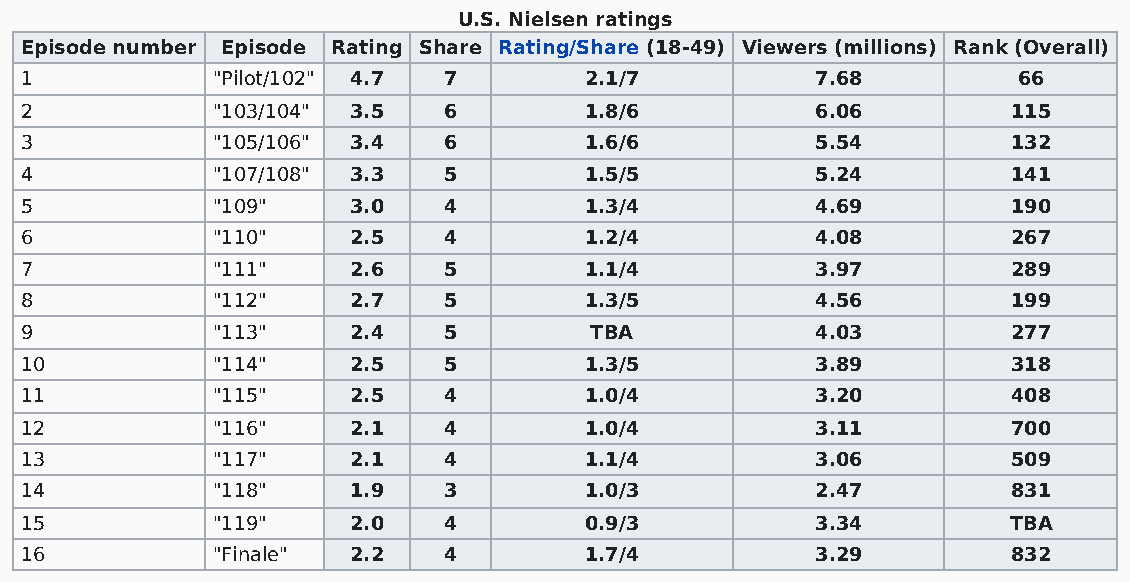
U.S. Nielsen ratings
 Episode number Episode Rating Share Rating/Share (18-49) Viewers (millions) Rank (Overall)
 1            "Pilot/102" 4.7 7        2.1/7          7.68         66
 2            "103/104" 3.5  6         1.8/6          6.06         115
 3            "105/106" 3.4  6         1.6/6          5.54         132
 4            "107/108" 3.3  5         1.5/5          5.24         141
 5            "109"    3.0   4         1.3/4          4.69         190
 6            "110"    2.5   4         1.2/4          4.08         267
 7            "111"    2.6   5         1.1/4          3.97         289
 8            "112"    2.7   5         1.3/5          4.56         199
 9            "113"    2.4   5         TBA            4.03         277
 10           "114"    2.5   5         1.3/5          3.89         318
 11           "115"    2.5   4         1.0/4          3.20         408
 12           "116"    2.1   4         1.0/4          3.11         700
 13           "117"    2.1   4         1.1/4          3.06         509
 14           "118"    1.9   3         1.0/3          2.47         831
 15           "119"    2.0   4         0.9/3          3.34         TBA
 16           "Finale" 2.2   4         1.7/4          3.29         832